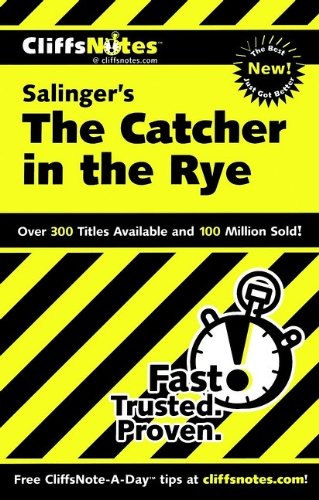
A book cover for CliffsNotes on Salinger's The Catcher in the Rye (Cliffsnotes Literature Guides); Stanley P. Baldwin; Literature & Fiction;